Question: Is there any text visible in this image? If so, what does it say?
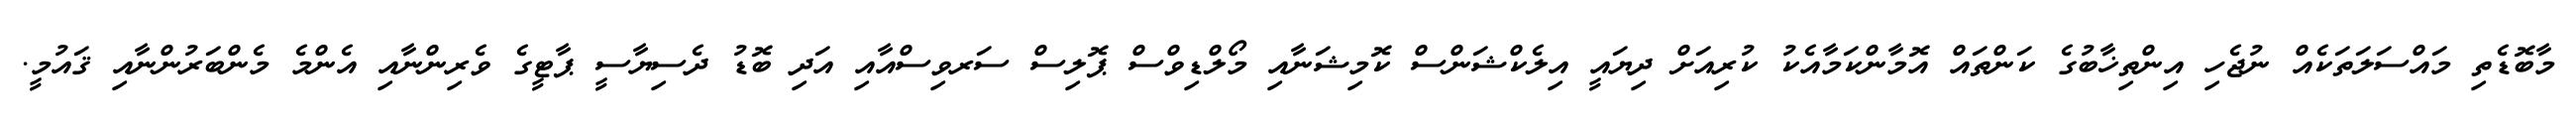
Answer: މާބޮޑެތި މައްސަލަތަކެއް ނުޖެހި އިންތިޚާބުގެ ކަންތައް އޮމާންކަމާއެކު ކުރިއަށް ދިޔައީ އިލެކްޝަންސް ކޮމިޝަނާއި މޯލްޑިވްސް ޕޮލިސް ސަރވިސްއާއި އަދި ބޮޑު ދެސިޔާސީ ޕާޓީގެ ވެރިންނާއި އެންމެ މެންބަރުންނާއި ޤައުމީ.